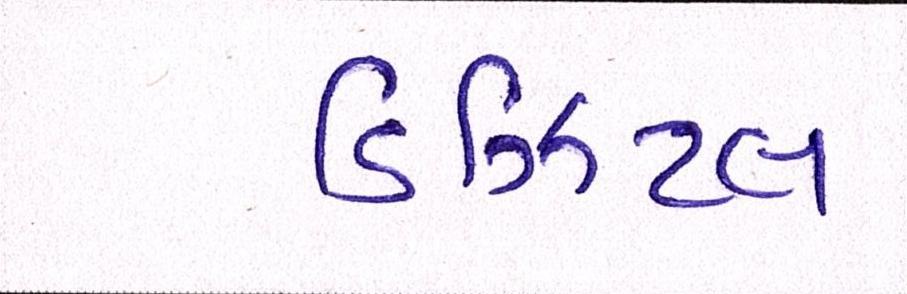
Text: ડિઝિટલ